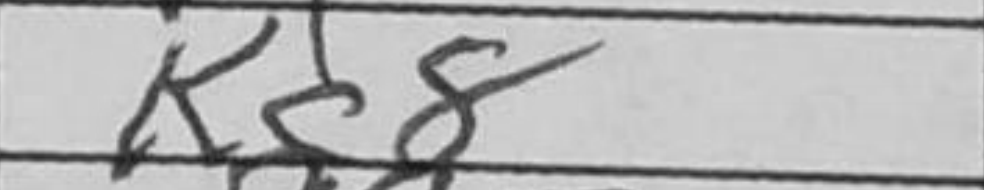
Transcription: Kc8